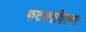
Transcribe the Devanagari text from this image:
फटकाविल्या